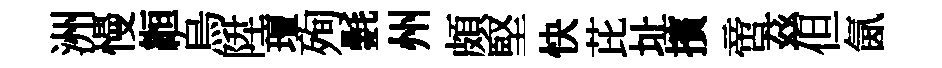
洲慢縆烏陞璮殉氎州頗堅快芘址擯啻茲但氤